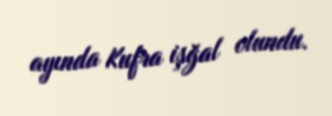
ayında Kufra işğal olundu.